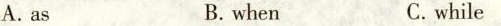
A. as B. when C. while